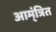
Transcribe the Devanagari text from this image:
आम्ंत्रित